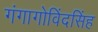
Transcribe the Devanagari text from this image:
गंगागोविंदसिंह